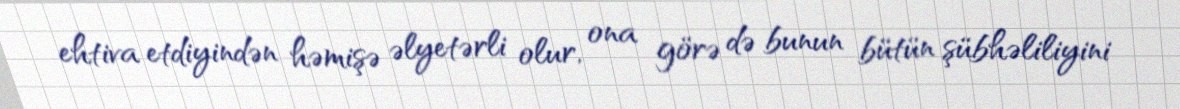
ehtiva etdiyindən həmişə əlyetərli olur, ona görə də bunun bütün şübhəliliyini